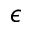
\epsilon